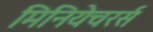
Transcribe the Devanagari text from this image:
मिनियेचरर्स